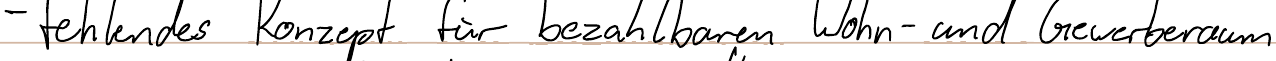
- fehlendes Konzept für bezahlbaren Wohn- und Gewerberaum